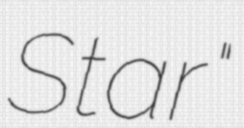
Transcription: Star"